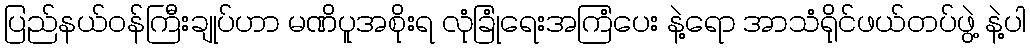
ပြည်နယ်ဝန်ကြီးချုပ်ဟာ မဏိပူအစိုးရ လုံခြုံရေးအကြံပေး နဲ့ရော အာသံရိုင်ဖယ်တပ်ဖွဲ့ နဲ့ပါ